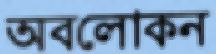
অবলোকন